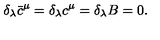
\delta _ { \lambda } \bar { c } ^ { \mu } = \delta _ { \lambda } c ^ { \mu } = \delta _ { \lambda } B = 0 .